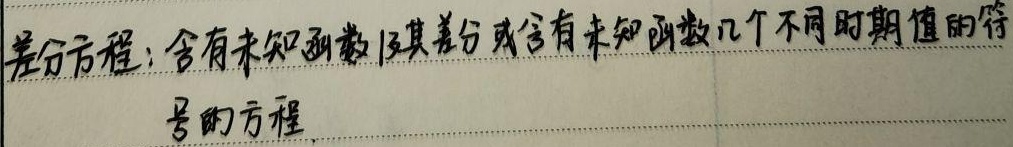
差分方程：含有未知函数及其差分或含有未知函数几个不同时期值的符
号的方程